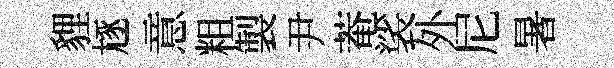
貍豗意粗製尹菴裟外尼暑